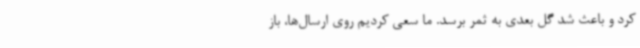
کرد و باعث شد گل بعدی به ثمر برسد. ما سعی کردیم روی ارسال‌ها، باز